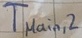
Text: TMain,2